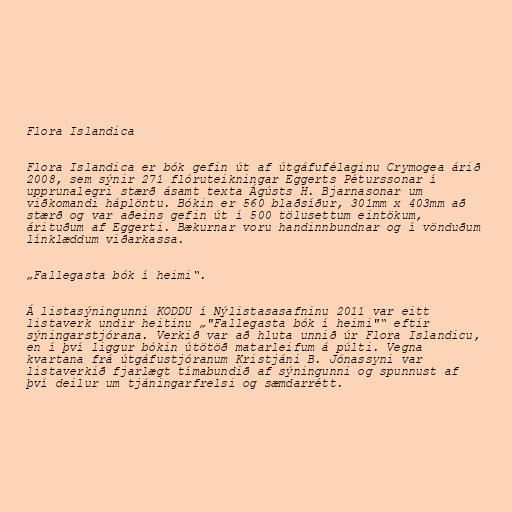
Flora Islandica

Flora Islandica er bók gefin út af útgáfufélaginu Crymogea árið
2008, sem sýnir 271 flóruteikningar Eggerts Péturssonar í
upprunalegri stærð ásamt texta Ágústs H. Bjarnasonar um
viðkomandi háplöntu. Bókin er 560 blaðsíður, 301mm x 403mm að
stærð og var aðeins gefin út í 500 tölusettum eintökum,
árituðum af Eggerti. Bækurnar voru handinnbundnar og í vönduðum
línklæddum viðarkassa.

„Fallegasta bók í heimi“.

Á listasýningunni KODDU í Nýlistasasafninu 2011 var eitt
listaverk undir heitinu „"Fallegasta bók í heimi"“ eftir
sýningarstjórana. Verkið var að hluta unnið úr Flora Islandicu,
en í því liggur bókin útötöð matarleifum á púlti. Vegna
kvartana frá útgáfustjóranum Kristjáni B. Jónassyni var
listaverkið fjarlægt tímabundið af sýningunni og spunnust af
því deilur um tjáningarfrelsi og sæmdarrétt.